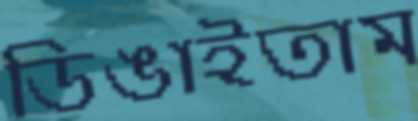
ডিঙাইতাম